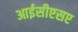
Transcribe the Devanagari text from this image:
आईसीएसए